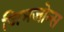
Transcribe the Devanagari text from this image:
जिमजोन्स